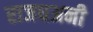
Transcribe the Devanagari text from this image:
राजधअनी